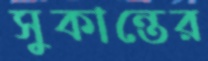
সুকান্তের